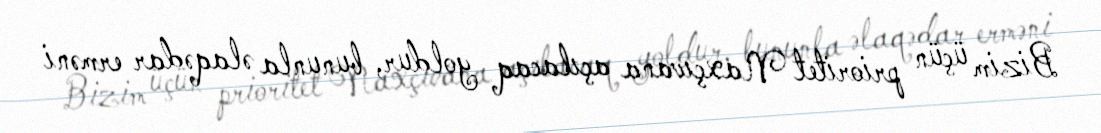
Bizim üçün prioritet Naxçıvana açılacaq yoldur, bununla əlaqədar erməni